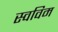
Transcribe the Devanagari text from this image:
स्वविम